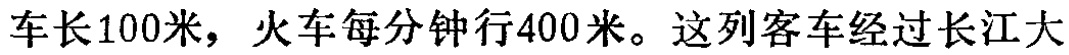
车长100米，火车每分钟行400米。这列客车经过长江大